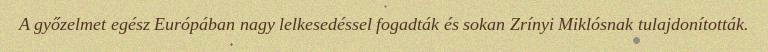
A győzelmet egész Európában nagy lelkesedéssel fogadták és sokan Zrínyi Miklósnak tulajdonították.